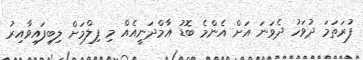
ފުރަތަމަ ދުވަހު ދެވަނަ އަށް އެންމެ ބޮޑު އާމްދަނީއެއް މި ފިލްމަށް ލިބިފައިވާއިރު